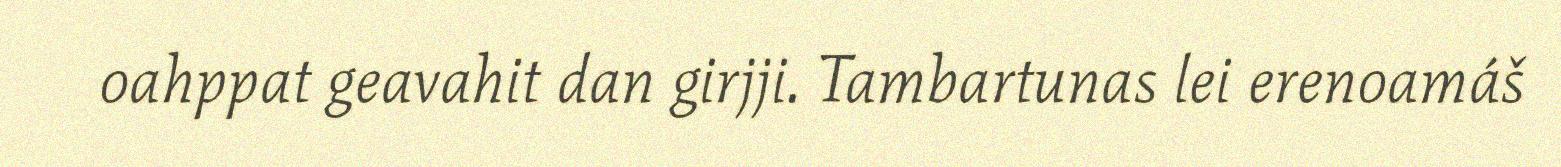
oahppat geavahit dan girjji. Tambartunas lei erenoamáš